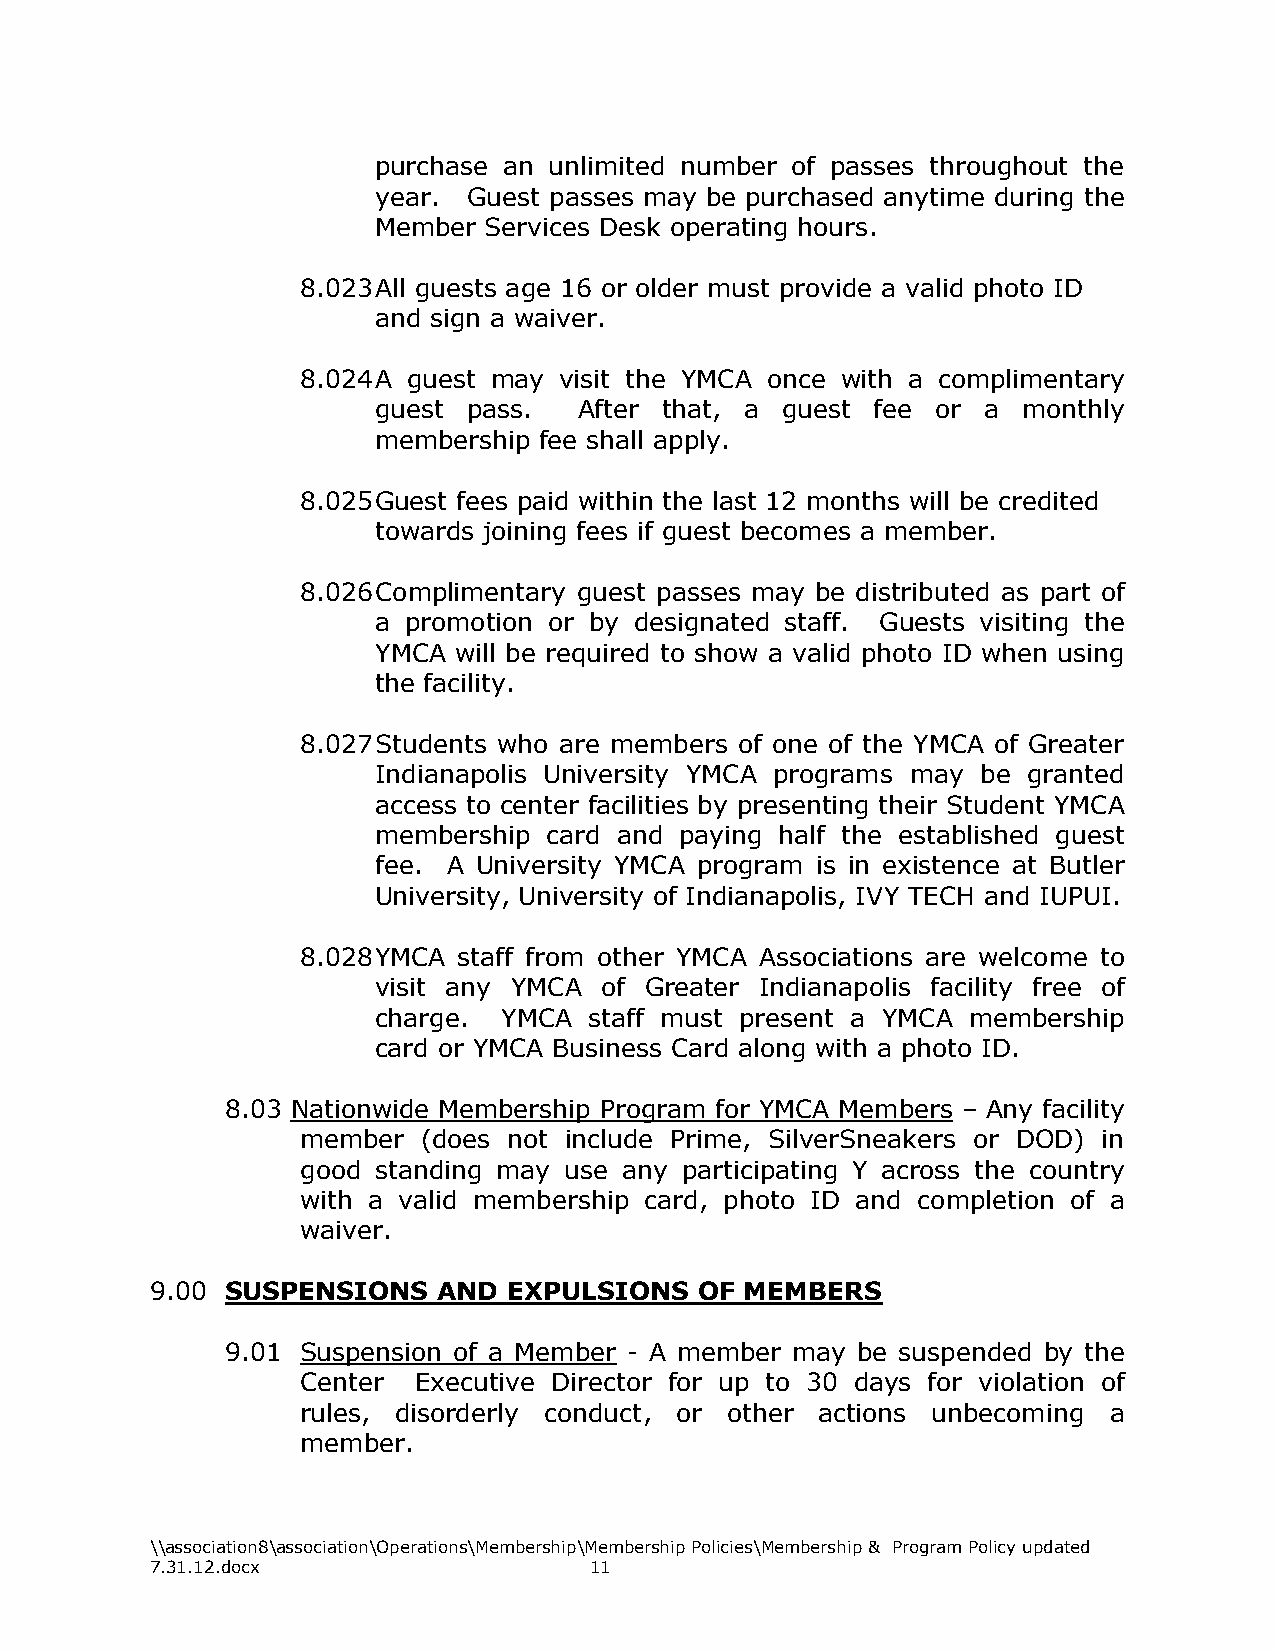
purchase an unlimited number of passes throughout the
 year. Guest passes may be purchased anytime during the
 Member Services Desk operating hours.
 8.023 All guests age 16 or older must provide a valid photo ID
 and sign a waiver.
 8.024 A guest may visit the YMCA once with a complimentary
 guest pass.  After that, a guest fee or a  monthly
 membership fee shall apply.
 8.025 Guest fees paid within the last 12 months will be credited
 towards joining fees if guest becomes a member.
 8.026 Complimentary guest passes may be distributed as part of
 a promotion or by designated staff. Guests visiting the
 YMCA will be required to show a valid photo ID when using
 the facility.
 8.027 Students who are members of one of the YMCA of Greater
 Indianapolis University YMCA programs may be granted
 access to center facilities by presenting their Student YMCA
 membership card and paying half the established guest
 fee. A University YMCA program is in existence at Butler
 University, University of Indianapolis, IVY TECH and IUPUI.
 8.028 YMCA staff from other YMCA Associations are welcome to
 visit any YMCA of Greater Indianapolis facility free of
 charge. YMCA  staff must present a YMCA membership
 card or YMCA Business Card along with a photo ID.
 8.03 Nationwide Membership Program for YMCA Members – Any facility
 member  (does not include Prime, SilverSneakers or DOD) in
 good standing may use any participating Y across the country
 with a valid membership card, photo ID and completion of a
 waiver.
 9.00 SUSPENSIONS   AND  EXPULSIONS  OF MEMBERS
 9.01 Suspension of a Member - A member may be suspended by the
 Center Executive Director for up to 30 days for violation of
 rules, disorderly conduct, or other actions unbecoming a
 member.
 \\association8\association\Operations\Membership\Membership Policies\Membership & Program Policy updated
 7.31.12.docx                 11